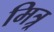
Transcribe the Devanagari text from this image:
मित्र्र